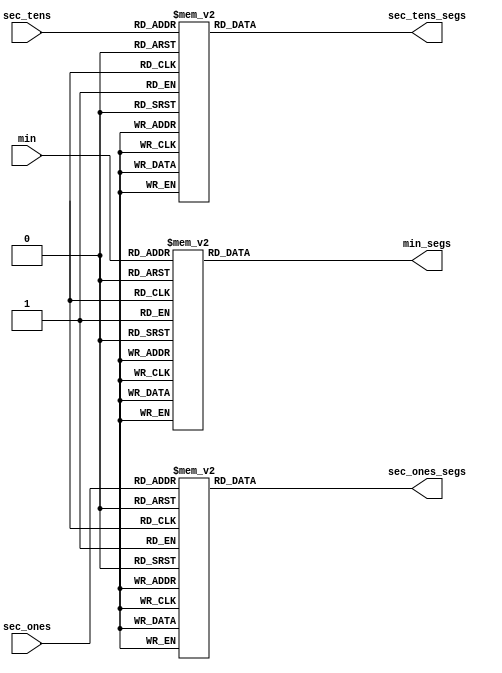
module decoder_7seg(
     input wire [3:0] sec_ones, sec_tens, min,
     output reg [0:6] sec_ones_segs, sec_tens_segs, min_segs
    );

    always @(*) //ativo em nivel baixo
    begin
        case (sec_ones) 
           0 : sec_ones_segs = 7'b0000001;
            1 : sec_ones_segs = 7'b1001111;
            2 : sec_ones_segs = 7'b0010010;
            3 : sec_ones_segs = 7'b0000110;
            4 : sec_ones_segs = 7'b1001100;
            5 : sec_ones_segs = 7'b0100100;
            6 : sec_ones_segs = 7'b0100000;
            7 : sec_ones_segs = 7'b0001111;
            8 : sec_ones_segs = 7'b0000000;
            9 : sec_ones_segs = 7'b0000100;
            default : sec_ones_segs = 7'b1111111; 

        endcase
         case (sec_tens) 
            0 : sec_tens_segs = 7'b0000001;
            1 : sec_tens_segs = 7'b1001111;
            2 : sec_tens_segs = 7'b0010010;
            3 : sec_tens_segs = 7'b0000110;
            4 : sec_tens_segs = 7'b1001100;
            5 : sec_tens_segs = 7'b0100100;
            6 : sec_tens_segs = 7'b0100000;
            7 : sec_tens_segs = 7'b0001111;
            8 : sec_tens_segs = 7'b0000000;
            9 : sec_tens_segs = 7'b0000100;
            default : sec_tens_segs = 7'b1111111; 
        endcase
         case (min) 
            0 : min_segs = 7'b0000001;
            1 : min_segs = 7'b1001111;
            2 : min_segs = 7'b0010010;
            3 : min_segs = 7'b0000110;
            4 : min_segs = 7'b1001100;
            5 : min_segs = 7'b0100100;
            6 : min_segs = 7'b0100000;
            7 : min_segs = 7'b0001111;
            8 : min_segs = 7'b0000000;
            9 : min_segs = 7'b0000100;
            default : min_segs = 7'b1111111; 
        endcase
    end


    
endmodule